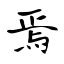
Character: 焉